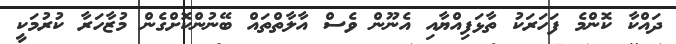
ދައްކާ ކޮންމެ ފަހަރަކު ތާޅަފިއްޔާއި އެނޫން ވެސް އާލާތްތައް ބޭނުންކޮށްގެން މުޒާހަރާ ކުރުމަކީ